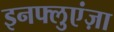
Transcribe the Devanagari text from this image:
इनफ्लुएंज़ा